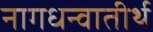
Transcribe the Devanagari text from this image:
नागधन्वातीर्थ